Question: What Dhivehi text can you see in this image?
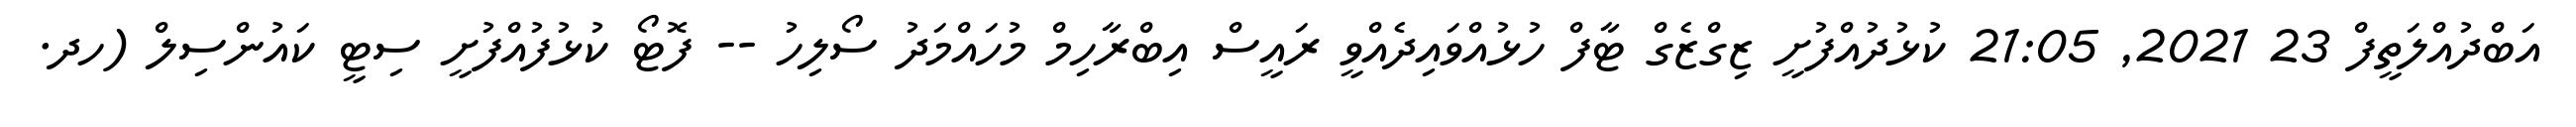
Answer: އަބްދުއްލަތީފް 23 2021, 21:05 ކުޅުދުއްފުށީ ޒިގްޒެގް ޓާފް ހުޅުއްވައިދެއްވީ ރައީސް އިބްރާހިމް މުހައްމަދު ސޯލިހު -- ފޮޓޯ ކުޅުފުއްފުށީ ސިޓީ ކައުންސިލް (ހދ.